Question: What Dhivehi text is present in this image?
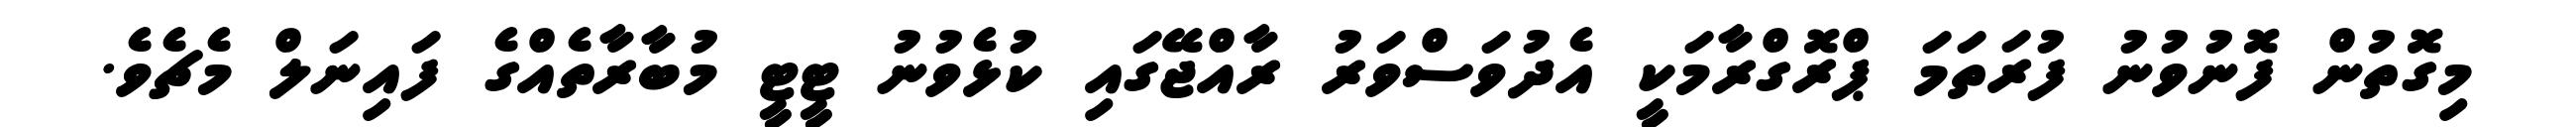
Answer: މިގޮތުން ފޮނުވުނު ފުރަތަމަ ޕްރޮގްރާމަކީ އެދުވަސްވަރު ރާއްޖޭގައި ކުޅެވުނު ޓީޓީ މުބާރާތެއްގެ ފައިނަލް މެޗެވެ.